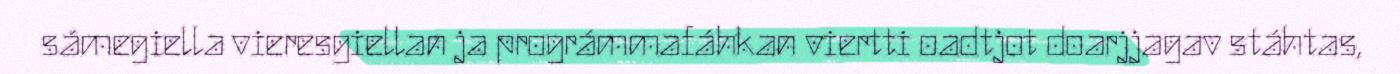
sámegiella vieresgiellan ja prográmmafáhkan viertti oadtjot doarjjagav stáhtas,